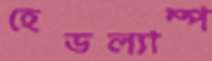
হেডল্যাম্প